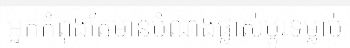
អ្នកកំពុងតែមានបំណងផ្លាស់ប្តូរទម្លាប់